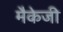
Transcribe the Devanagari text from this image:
मैकेजी